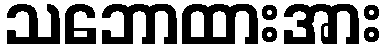
သဘောထားအား